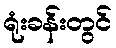
ရုံးခန်းတွင်